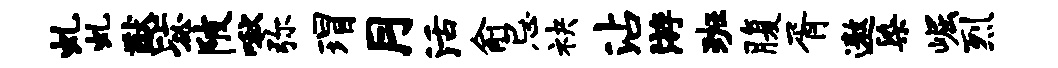
虬虬猷毖陂啾弥瑁月活俞忌袂沾游班腹胥遨染崛烈